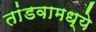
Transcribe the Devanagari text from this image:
तांडवामध्ये